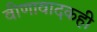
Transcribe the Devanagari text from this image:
वीणावादकही